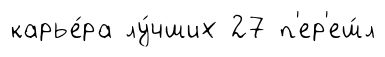
карье́ра лу́чших 27 п'ер'еш́л